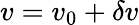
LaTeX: v=v_{0}+\delta{v}